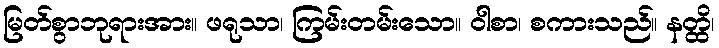
မြတ်စွာဘုရားအား။ ဖရုသာ၊ ကြမ်းတမ်းသော။ ဝါစာ၊ စကားသည်။ နတ္ထိ၊